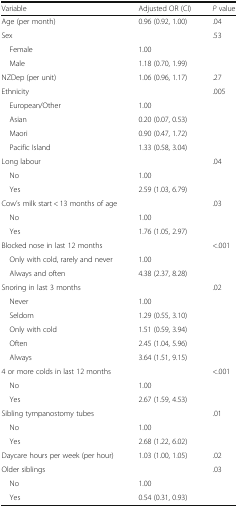
<table><thead><tr><td><b>Variable</b></td><td><b>Adjusted OR (CI)</b></td><td><b><i>P</i> value</b></td></tr></thead><tbody><tr><td>Age (per month)</td><td>0.96 (0.92, 1.00)</td><td>.04</td></tr><tr><td>Sex</td><td></td><td>.53</td></tr><tr><td> Female</td><td>1.00</td><td></td></tr><tr><td> Male</td><td>1.18 (0.70, 1.99)</td><td></td></tr><tr><td>NZDep (per unit)</td><td>1.06 (0.96, 1.17)</td><td>.27</td></tr><tr><td>Ethnicity</td><td></td><td>.005</td></tr><tr><td> European/Other</td><td>1.00</td><td></td></tr><tr><td> Asian</td><td>0.20 (0.07, 0.53)</td><td></td></tr><tr><td> Maori</td><td>0.90 (0.47, 1.72)</td><td></td></tr><tr><td> Pacific Island</td><td>1.33 (0.58, 3.04)</td><td></td></tr><tr><td>Long labour</td><td></td><td>.04</td></tr><tr><td> No</td><td>1.00</td><td></td></tr><tr><td> Yes</td><td>2.59 (1.03, 6.79)</td><td></td></tr><tr><td>Cow’s milk start &lt; 13 months of age</td><td></td><td>.03</td></tr><tr><td> No</td><td>1.00</td><td></td></tr><tr><td> Yes</td><td>1.76 (1.05, 2.97)</td><td></td></tr><tr><td>Blocked nose in last 12 months</td><td></td><td>&lt;.001</td></tr><tr><td> Only with cold, rarely and never</td><td>1.00</td><td></td></tr><tr><td> Always and often</td><td>4.38 (2.37, 8.28)</td><td></td></tr><tr><td>Snoring in last 3 months</td><td></td><td>.02</td></tr><tr><td> Never</td><td>1.00</td><td></td></tr><tr><td> Seldom</td><td>1.29 (0.55, 3.10)</td><td></td></tr><tr><td> Only with cold</td><td>1.51 (0.59, 3.94)</td><td></td></tr><tr><td> Often</td><td>2.45 (1.04, 5.96)</td><td></td></tr><tr><td> Always</td><td>3.64 (1.51, 9.15)</td><td></td></tr><tr><td>4 or more colds in last 12 months</td><td></td><td>&lt;.001</td></tr><tr><td> No</td><td>1.00</td><td></td></tr><tr><td> Yes</td><td>2.67 (1.59, 4.53)</td><td></td></tr><tr><td>Sibling tympanostomy tubes</td><td></td><td>.01</td></tr><tr><td> No</td><td>1.00</td><td></td></tr><tr><td> Yes</td><td>2.68 (1.22, 6.02)</td><td></td></tr><tr><td>Daycare hours per week (per hour)</td><td>1.03 (1.00, 1.05)</td><td>.02</td></tr><tr><td>Older siblings</td><td></td><td>.03</td></tr><tr><td> No</td><td>1.00</td><td></td></tr><tr><td> Yes</td><td>0.54 (0.31, 0.93)</td><td></td></tr></tbody></table>